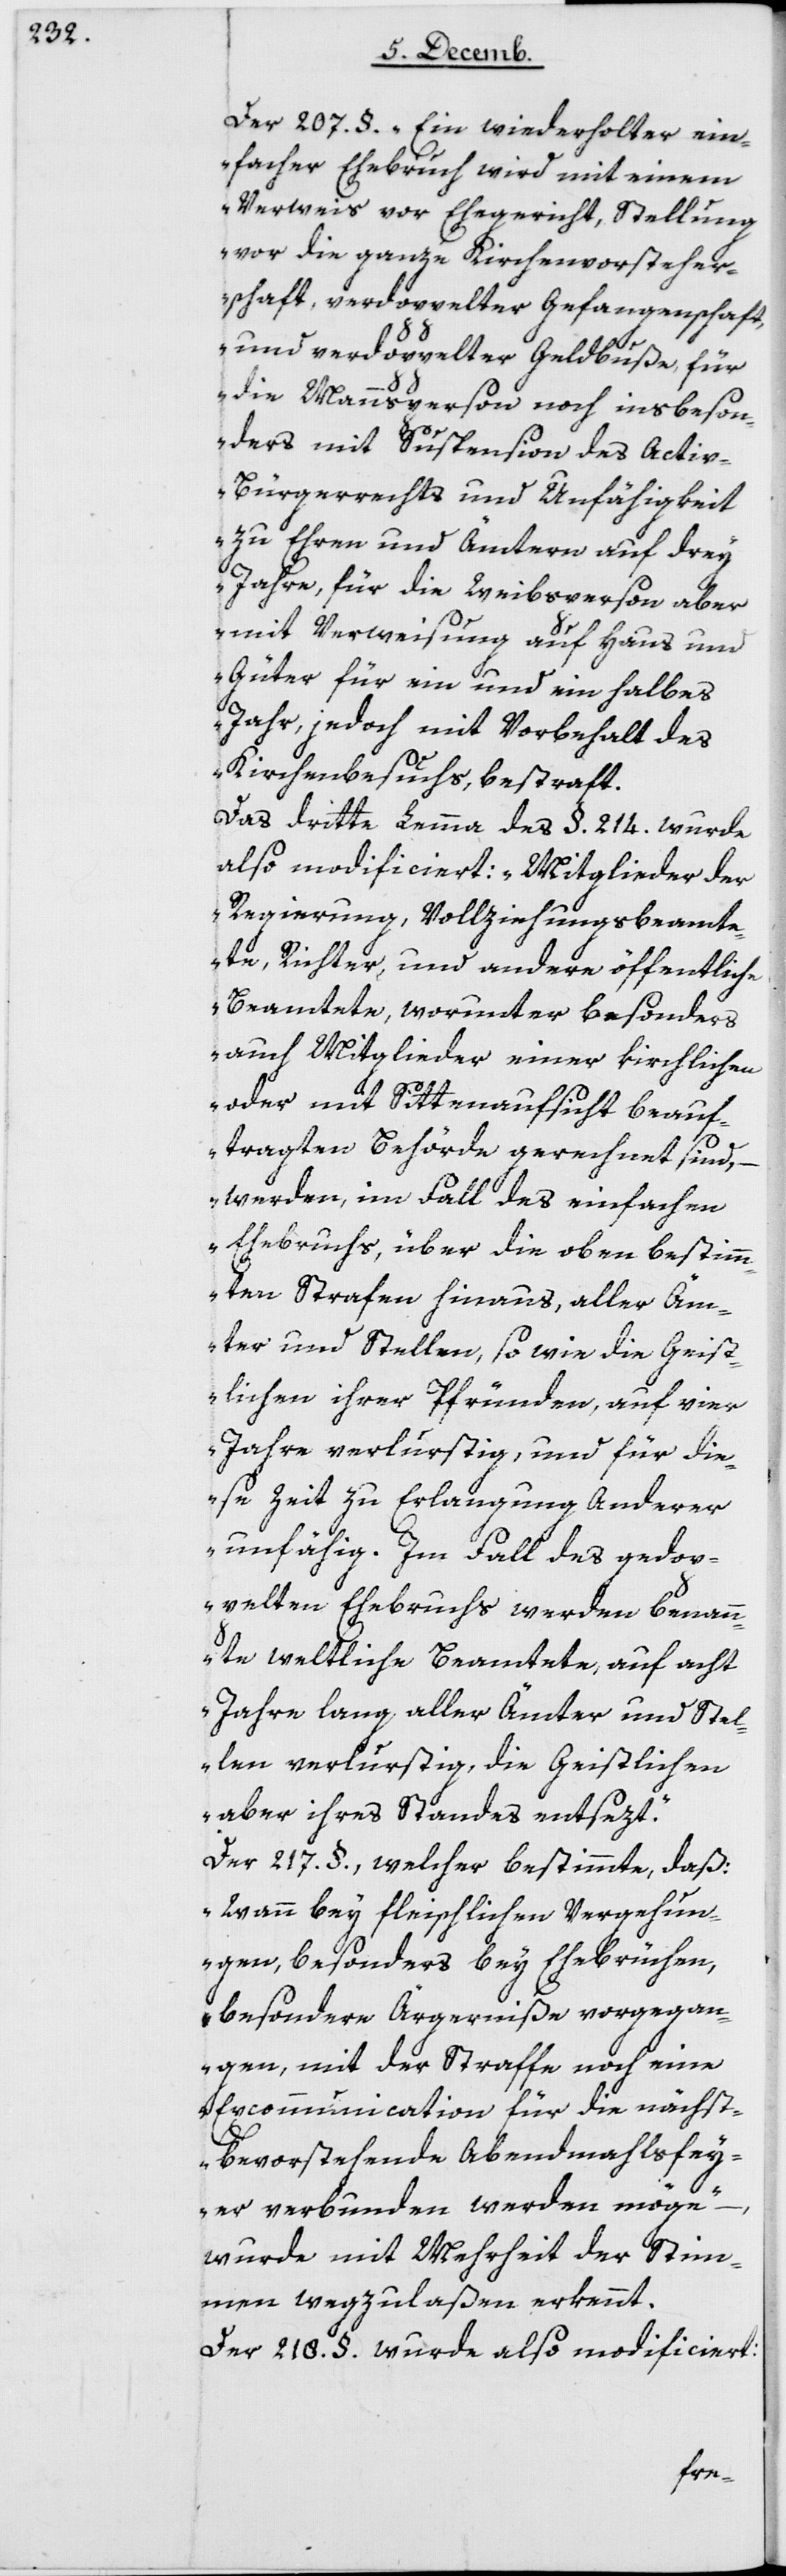
Der 207 §. „Ein wiederholter ein¬
facher Ehebruch wird mit einem
Verweis vor Ehegericht, Stellung
vor die ganze Kirchenvorsteher¬
schaft, verdoppelter Gefangenschaft,
und verdoppelter Geldbuße, für
die Mannsperson noch insbeson¬
ders mit Suspension des Activ¬
bürgerrechts und Unfähigkeit
zu Ehren und Ämtern auf drey
Jahre, für die Weibsperson aber
mit Verweisung auf Haus und
Güter für ein und ein halbes
Jahr, jedoch mit Vorbehalt des
Kirchenbesuchs, bestraft.“
Das dritte Lemma des § 214 wurde
also modificiert: „Mitglieder der
Regierung, Vollziehungsbeamte¬
te, Richter und andere öffentliche
Beamtete, worunter besonders
auch Mitglieder einer kirchlichen
oder mit Sittenaufsicht beauf¬
tragten Behörde gerechnet sind, –
werden, im Fall des einfachen
Ehebruchs, über die oben bestimm¬
ten Strafen hinaus, aller Äm¬
ter und Stellen, sowie die Geis¬
tlichen ihrer Pfründen, auf vier
Jahre verlurstig, und für die¬
se Zeit zu Erlangung anderer
unfähig. Im Fall des gedop¬
pelten Ehebruchs werden benann¬
te weltliche Beamtete, auf acht
Jahre lang aller Ämter und Stel¬
len verlurstig, die Geistlichen
aber ihres Standes entsezt.“
Der 217 §, welcher bestimmte, daß:
„Wann bey fleischlichen Vergehun¬
gen, besonders bey Ehebrüchen,
besondere Ärgerniße vorgegan¬
gen, mit der Straffe noch eine
Excommunication für die nächst
bevorstehende Abendmahlsfey¬
er verbunden werden möge“
wurde mit Mehrheit der Stim¬
men wegzulaßen erkennt.
Der 218 § wurde also modificiert: